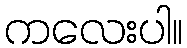
ကလေးပါ။